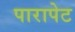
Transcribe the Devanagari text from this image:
पारापेट